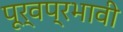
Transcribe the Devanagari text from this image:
पूर्वप्रभावी